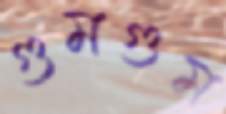
গুমগুম